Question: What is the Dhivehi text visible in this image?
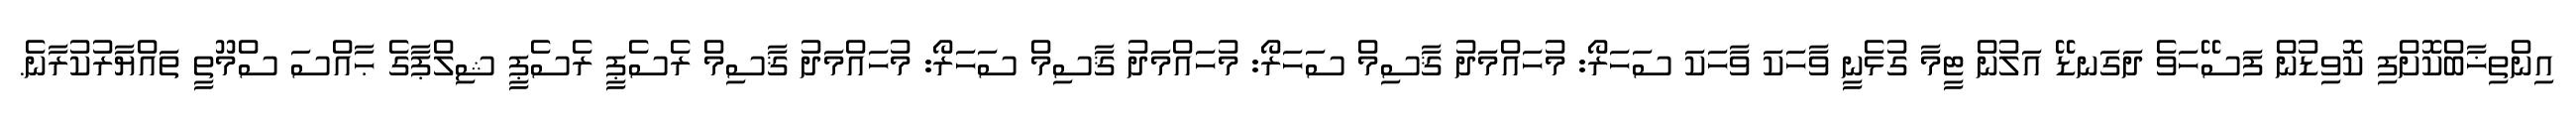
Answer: އިންތިޚާބްކޮށްފި ކޮވިޑުން ފަސޭހަވެ ދަގަނޑޭ އަލުން ޓީމާ ގުޅެނީ ވާހަކަ ވާހަކަ ސަހަރޯ: މުހައްމަދު ޤާސިމް ސަހަރޯ: މުހައްމަދު ޤާސިމް ސަހަރޯ: މުހައްމަދު ޤާސިމް ރެސެޕީ ރެސެޕީ ޝިލްޕާގެ ޙާއްސަ ސްމޫތީ ތައްޔާރުކުރާނެ.